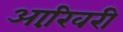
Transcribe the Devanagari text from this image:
आखि़री